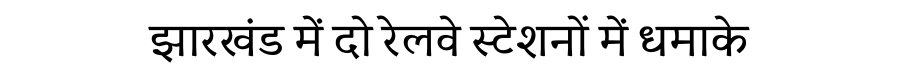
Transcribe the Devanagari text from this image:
झारखंड में दो रेलवे स्टेशनों में धमाके